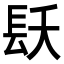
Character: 镺